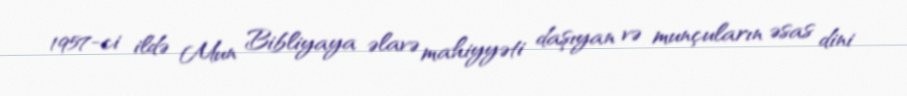
1957-ci ildə Mun Bibliyaya əlavə mahiyyəti daşıyan və munçuların əsas dini